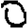
Digit: 0